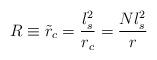
LaTeX: \begin{align*}R \equiv \tilde r_c = \frac{l_s^2}{r_c} = \frac{N l_s^2}{r}\end{align*}